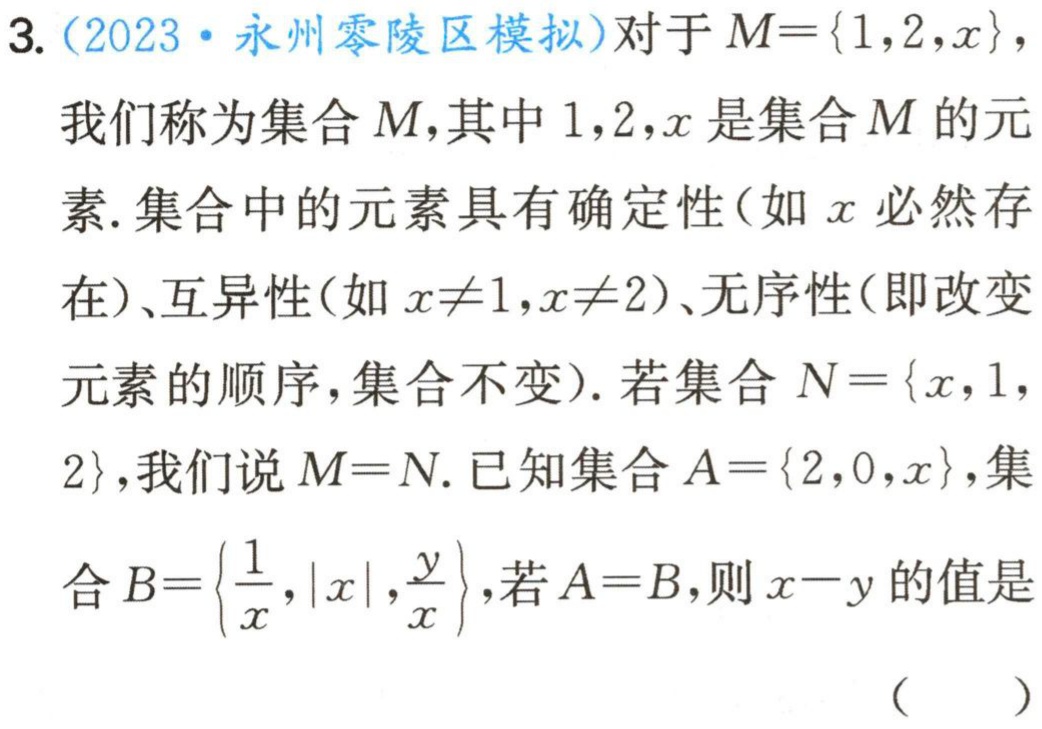
3.（2023·永州零陵区模拟）对于\(M = \{1,2,x\}\)，我们称为集合\(M\)，其中\(1,2,x\)是集合\(M\)的元素. 集合中的元素具有确定性（如\(x\)必然存在）、互异性（如\(x\neq1,x\neq2\)）、无序性（即改变元素的顺序，集合不变）. 若集合\(N = \{x,1,2\}\)，我们说\(M = N\). 已知集合\(A=\{2,0,x\}\)，集合\(B = \left\{\dfrac{1}{x},\vert x\vert,\dfrac{y}{x}\right\}\)，若\(A = B\)，则\(x - y\)的值是 （  ）